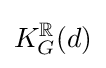
K_{G}^{\mathbb {R} }(d)